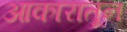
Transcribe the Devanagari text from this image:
आकारातून